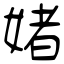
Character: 媎